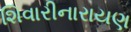
શિવારીનારાયણ